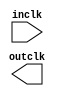

module clkinter (
	inclk,
	outclk);	

	input		inclk;
	output		outclk;
endmodule